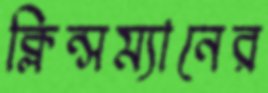
ক্লিন্সম্যানের